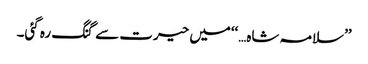
’’سلامہ شاہ…‘‘میں حیرت سے گنگ رہ گئی۔